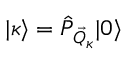
| \kappa \rangle = \hat { P } _ { \vec { Q } _ { \kappa } } | 0 \rangle